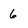
Character: 6